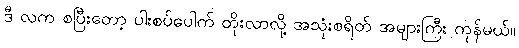
ဒီ လက စပြီးတော့ ပါးစပ်ပေါက် တိုးလာလို့ အသုံးစရိတ် အများကြီး ကုန်မယ်။